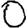
Digit: 0